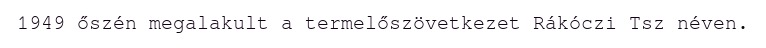
1949 őszén megalakult a termelőszövetkezet Rákóczi Tsz néven.